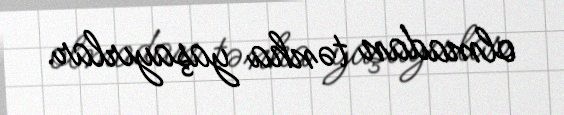
olmadan tənha yaşayırlar.